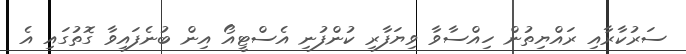
ސަރުކާރާއި ރައްޔިތުން ހިއްސާވާ ވިޔަފާރި ކުންފުނި އެސްޓީއޯ އިން ބުނެފައިވާ ގޮތުގައި އެ